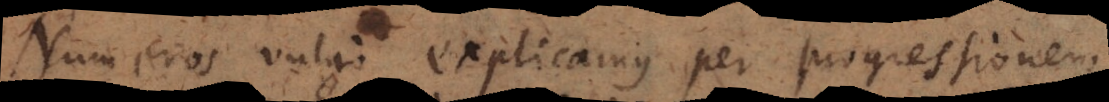
Numeros vulgo explicamus per progressionem